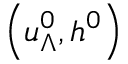
\left( u _ { \Lambda } ^ { 0 } , h ^ { 0 } \right)